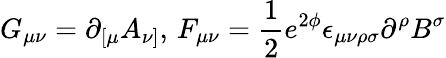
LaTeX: G_{\mu\nu}=\partial_{[\mu}A_{\nu]},\, F_{\mu\nu}=\frac{1}{2}e^{2\phi}\epsilon_{\mu\nu\rho\sigma}\partial^{\rho}B^{\sigma}